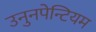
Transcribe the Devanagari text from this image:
उनुनपेन्टियम